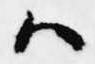
ハ